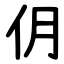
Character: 仴